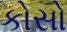
કોસો